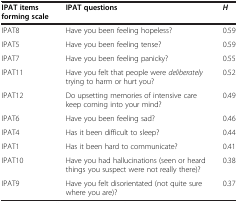
<table><thead><tr><td><b>IPAT items forming scale</b></td><td><b>IPAT questions</b></td><td><b><i>H</i></b></td></tr></thead><tbody><tr><td>IPAT8</td><td>Have you been feeling hopeless?</td><td>0.59</td></tr><tr><td>IPAT5</td><td>Have you been feeling tense?</td><td>0.59</td></tr><tr><td>IPAT7</td><td>Have you been feeling panicky?</td><td>0.55</td></tr><tr><td>IPAT11</td><td>Have you felt that people were <i>deliberately</i> trying to harm or hurt you?</td><td>0.52</td></tr><tr><td>IPAT12</td><td>Do upsetting memories of intensive care keep coming into your mind?</td><td>0.49</td></tr><tr><td>IPAT6</td><td>Have you been feeling sad?</td><td>0.46</td></tr><tr><td>IPAT4</td><td>Has it been difficult to sleep?</td><td>0.44</td></tr><tr><td>IPAT1</td><td>Has it been hard to communicate?</td><td>0.41</td></tr><tr><td>IPAT10</td><td>Have you had hallucinations (seen or heard things you suspect were not really there)?</td><td>0.38</td></tr><tr><td>IPAT9</td><td>Have you felt disorientated (not quite sure where you are)?</td><td>0.37</td></tr></tbody></table>